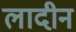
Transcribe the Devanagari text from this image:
लादीन